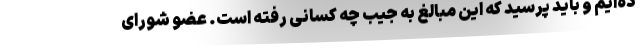
ده‌ایم و باید پرسید که این مبالغ به جیب چه کسانی رفته است. عضو شورای